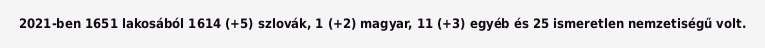
2021-ben 1651 lakosából 1614 (+5) szlovák, 1 (+2) magyar, 11 (+3) egyéb és 25 ismeretlen nemzetiségű volt.